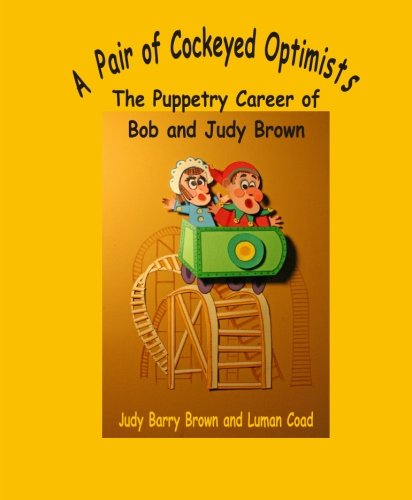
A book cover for A Pair of Cockeyed Optimists:: The Puppetry Career of Bob & Judy Brown; Judy Barry Brown; Biographies & Memoirs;